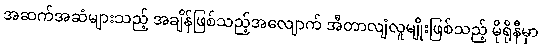
အဆက်အဆံများသည့် အချိန်ဖြစ်သည့်အလျောက် အီတာလျံလူမျိုးဖြစ်သည့် မိုရိုနီမှာ